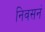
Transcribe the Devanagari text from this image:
निवसनं